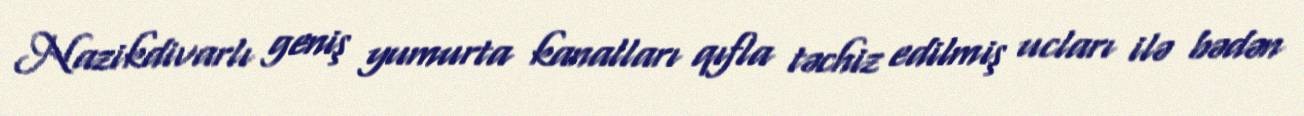
Nazikdivarlı geniş yumurta kanalları qıfla təchiz edilmiş ucları ilə bədən